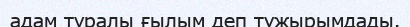
адам туралы ғылым деп тұжырымдады.